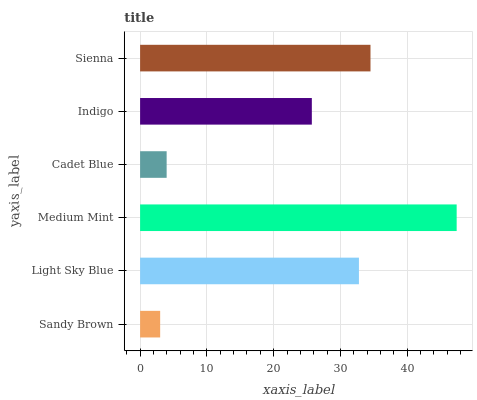
| yaxis_label | bars |
 | --- | --- |
 | Sandy Brown | 3 |
 | Light Sky Blue | 32.8 |
 | Medium Mint | 47.4 |
 | Cadet Blue | 3.97 |
 | Indigo | 25.7 |
 | Sienna | 34.5 |